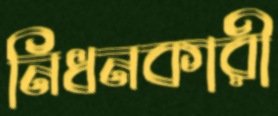
নিধনকারী